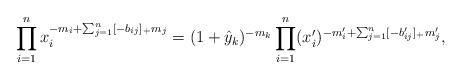
LaTeX: \begin{align*} \prod_{i=1}^n x_i^{-m_i + \sum_{j=1}^n [-b_{ij}]_+m_j} = (1 + \hat y_k)^{-m_k} \prod_{i=1}^n (x_i')^{-m'_i + \sum_{j=1}^n [-b'_{ij}]_+m'_j},\end{align*}